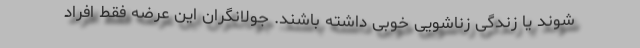
شوند یا زندگی زناشویی خوبی داشته باشند. جولانگران این عرضه فقط افراد